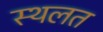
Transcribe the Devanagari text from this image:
स्थलत